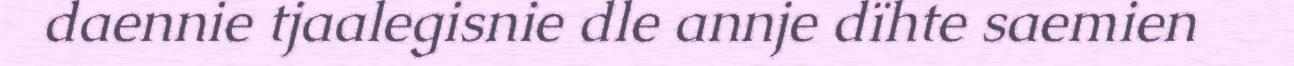
daennie tjaalegisnie dle annje dïhte saemien